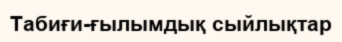
Табиғи-ғылымдық сыйлықтар